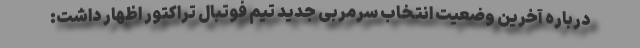
درباره آخرین وضعیت انتخاب سرمربی جدید تیم فوتبال تراکتور اظهار داشت: